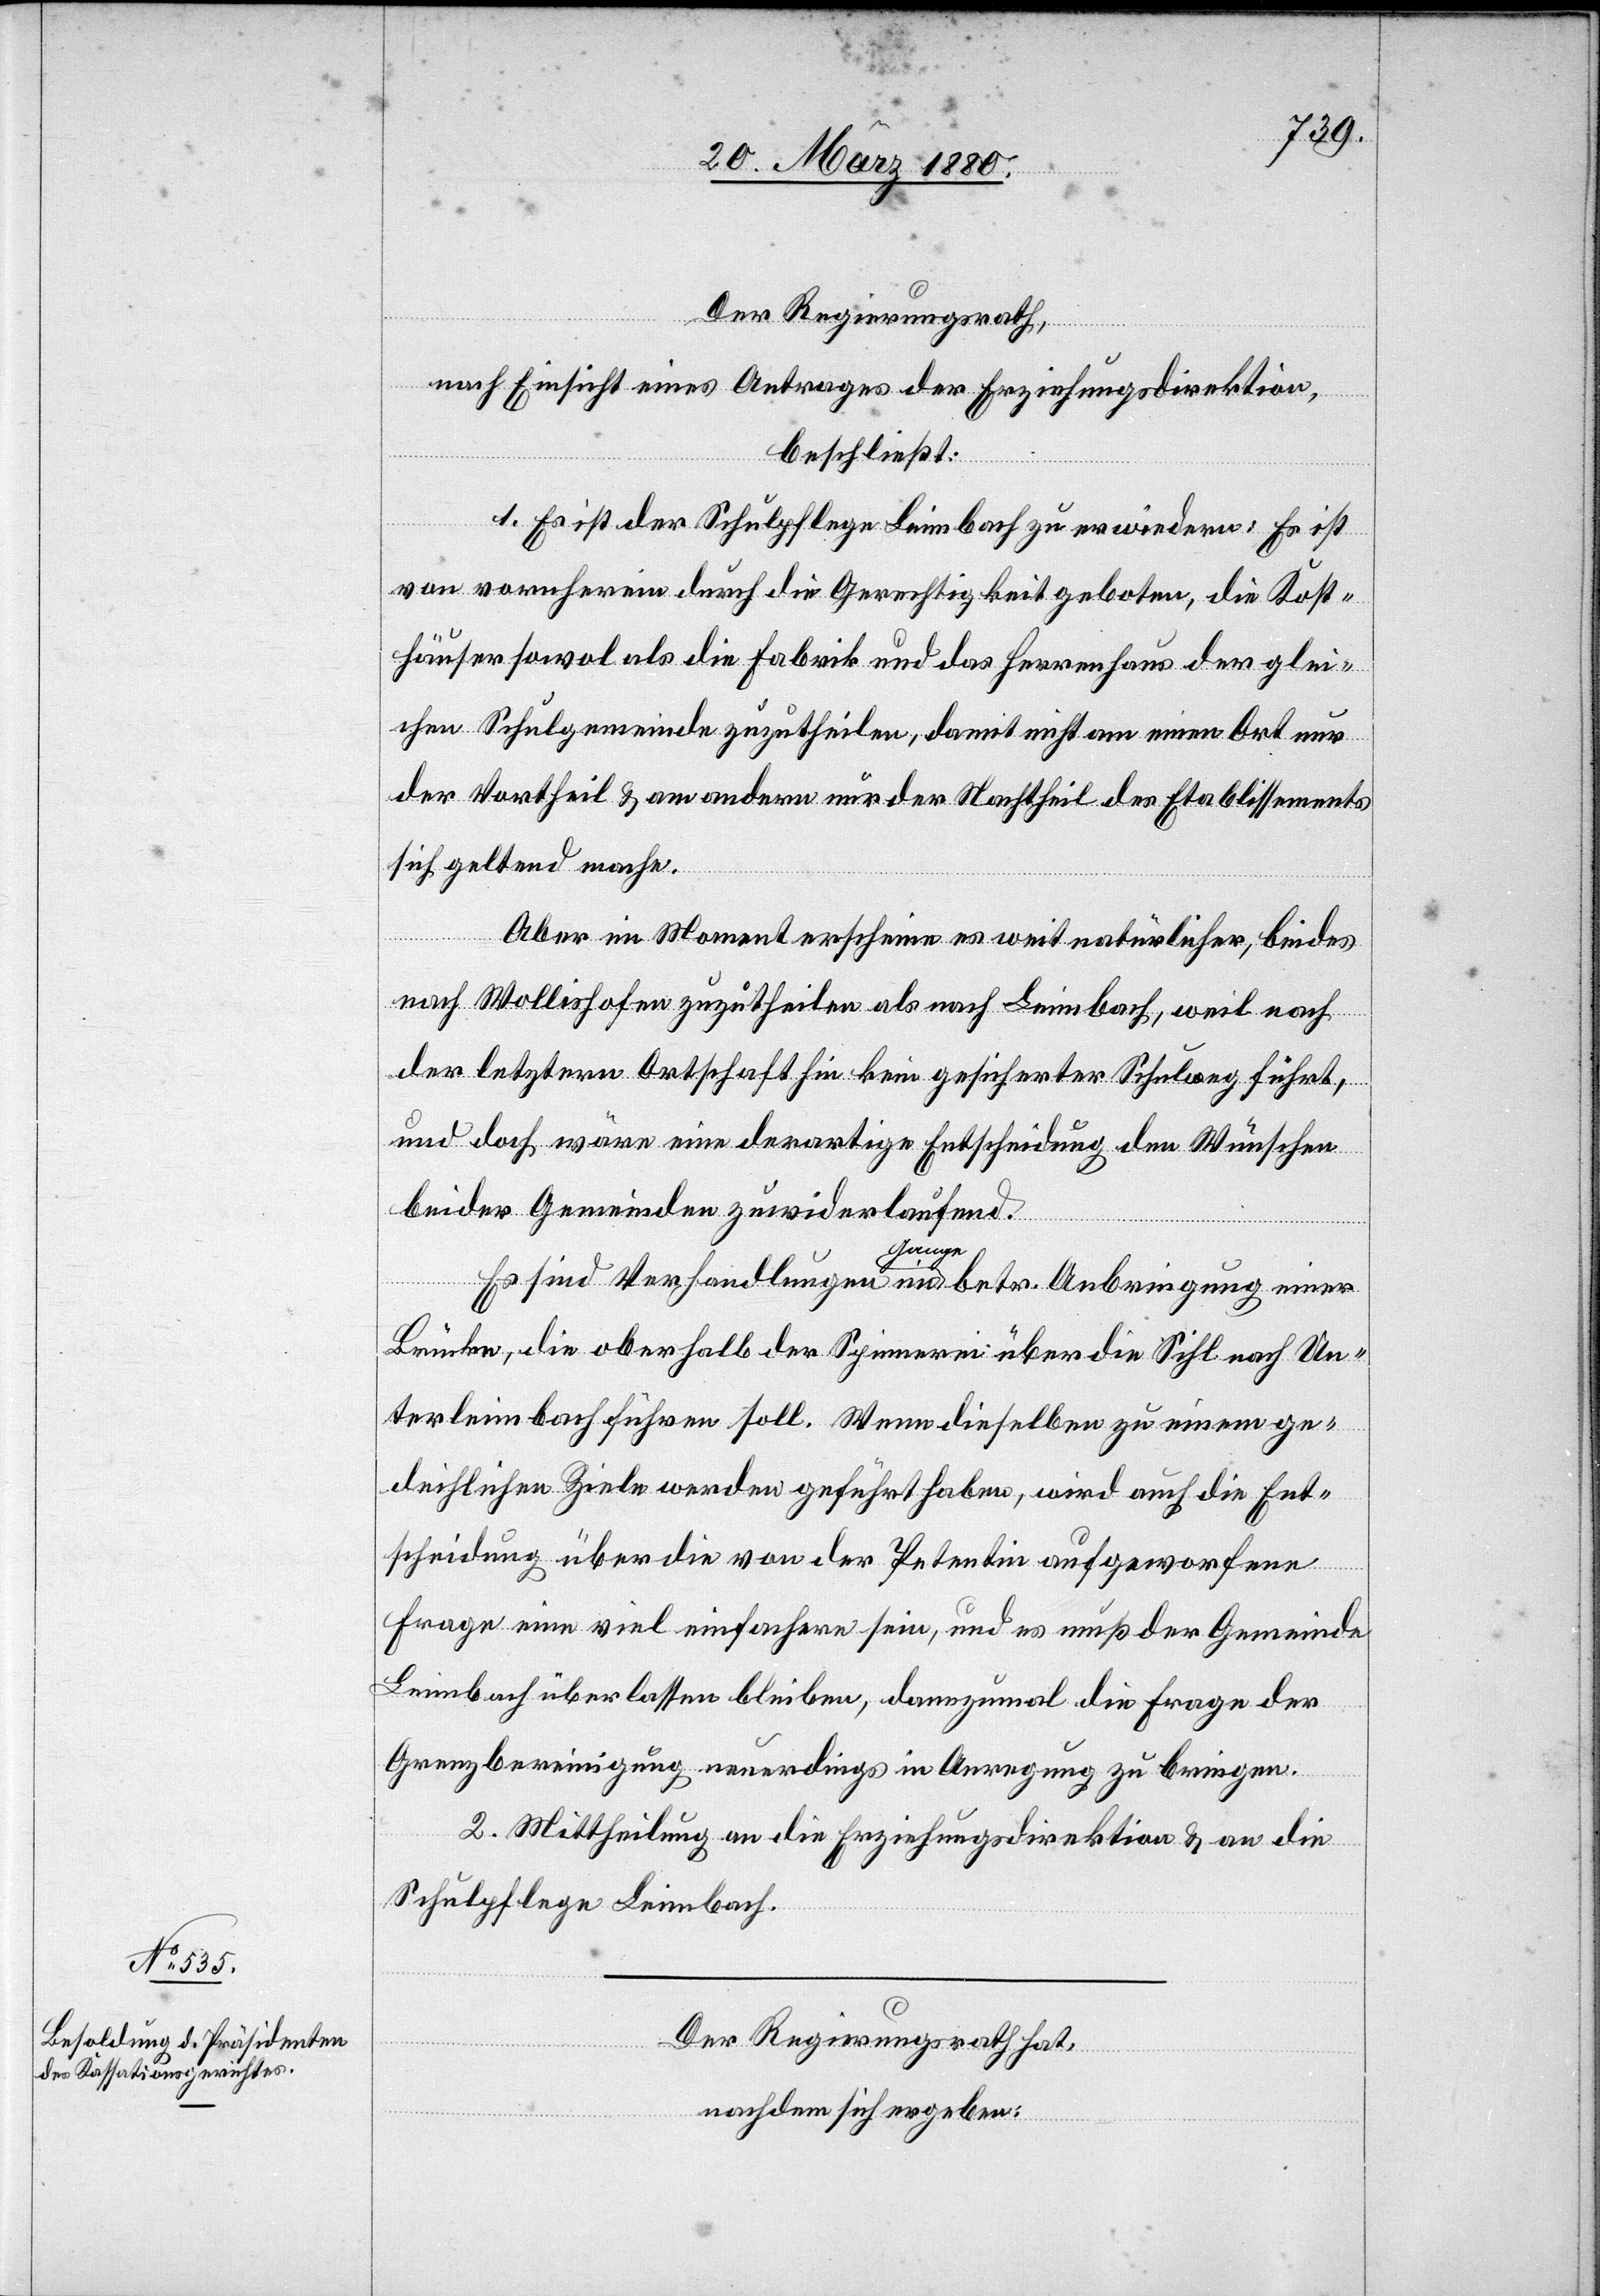
Der Regierungsrath,
nach Einsicht eines Antrages der Erziehungsdirektion,
beschließt:
1. Es ist der Schulpflege Leimbach zu erwiedern: Es ist
von vornherein durch die Gerechtigkeit geboten, die Kost¬
häuser sowol als die Fabrik und das Herrenhaus der glei¬
chen Schulgemeinde zuzutheilen, damit nicht am einen Ort nur
der Vortheil & am andern der Nachtheil des Etablissements
sich geltend mache.
Aber im Moment erscheine es weit natürlicher, beides
nach Wollishofen zuzutheilen als nach Leimbach, weil nach
der letztern Ortschaft hin kein gesicherter Schulweg führt,
und doch wäre eine derartige Entscheidung den Wünschen
beider Gemeinden zuwiderlaufend.
Es sind Verhandlungen im Gange betr. Anbringung einer
Brücke, die oberhalb der Spinnerei über die Sihl nach Un¬
terleimbach führen soll. Wenn dieselben zu einem ge¬
deihlichen Ziele werden geführt haben, wird auch die Ent¬
scheidung über die von der Petentin aufgeworfene
Frage eine viel einfachere sein, und es muß der Gemeinde
Leimbach überlassen bleiben, dannzumal die Frage der
Grenzbereinigung neuerdings in Anregung zu bringen.
2. Mittheilung an die Erziehungsdirektion & an die
Schulpflege Leimbach.
Der Regierungsrath hat,
nachdem sich ergeben: